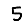
Digit: 5